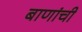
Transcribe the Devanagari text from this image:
बाणांची